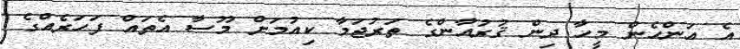
އެ އަންހެން މީހާ ދިން ޤުރުއާންގެ ތަރުޖަމާ ކިއުމަށް މޫސާ އެތައް ފަހަރެއްގެ